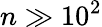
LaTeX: n\gg 10^{2}